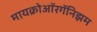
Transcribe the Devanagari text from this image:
मायक्रोऑरगॅनिझम